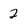
Character: 2